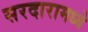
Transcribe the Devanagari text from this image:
सरदारामध्ये